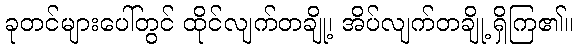
ခုတင်များပေါ်တွင် ထိုင်လျက်တချို့၊ အိပ်လျက်တချို့ ရှိကြ၏။